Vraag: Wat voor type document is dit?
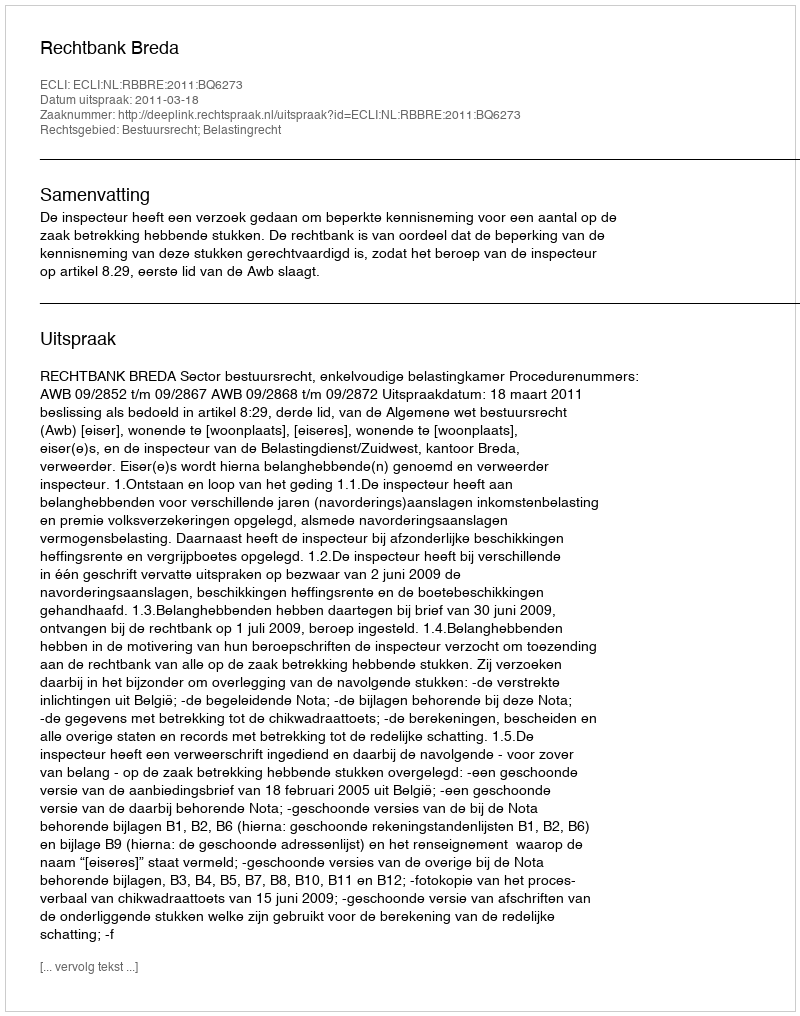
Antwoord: Uitspraak